Lock hospitals Punjab
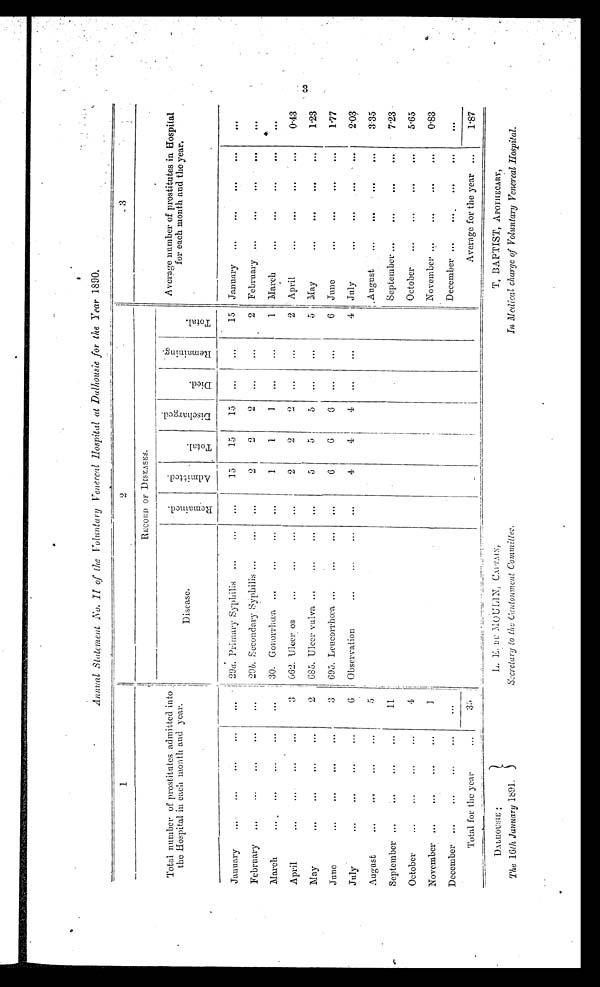
Annual Statement No.II of the Voluntary Venereal Hospital at Dalhousic for the Y ear 1890.
1
2
3
Total number of prostitutes admitted into
the Hospital in each month and year.
RECORD OF DISEASES.
Average number of prostitutes in Hospital
for each month and the year.
.
Disease.
R e m a i n e d .
A d m i t t e d .
T o t a l .
D i s c h a r g e d .
D i e d .
R e m a i n i n g .
T o t a l
January
29a. Primary Syphilis
. . .
15
15
15
. . .
. . .
15 January
. . .
February
29b. Secondary Syphilis
. . .
2
2
2
...
...
2 February
. . .
March
30. Gonorrhœa
...
1
1
1
. . .
...
1 March
. . .
April
3 662. Ulcer os
...
2
2
2
. . .
...
2 April
0.43
May
2 685. Ulcer yulva
...
5
5
5
. . .
. . .
5 May
1.23
Juno
3 695. Leucorrhœa
...
6
6
0
. . .
...
6 June
1.77
July
6
Observation
...
4
4
4
...
. . .
4 July
2.03
August
5
August
3.35
September
1 1
September
7.23
October
4
October
5 . 6 5
November
1
November
0.83
December
December
...
Total for the year
3 5
Average for the year ...
1 . 8 7
DAGHOUSIE: L. E. DU MOULIN, CAPTAIN, T. BAPTIST, APOTHECARY,
The 16th January 1891.
Secretary to the Cantonment Committe.
In Medical charge of Voluntary Venereal Hospital.